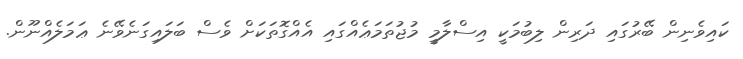
ކައިވެނިން ބޭރުގައި ދަރިން ލިބުމަކީ އިސްލާމީ މުޖުތަމަޢެއްގައި އެއްގޮތަކަށް ވެސް ބަލައިގަނެވޭނެ ޢަމަލެއްނޫން.